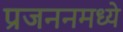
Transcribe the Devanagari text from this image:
प्रजननमध्ये